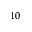
^ { 1 0 }